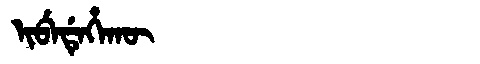
Manchu: ᡳᠪᡝᡩᡝᡥᠠᡴᡡ
Romanization: IBEDEHAKŪ